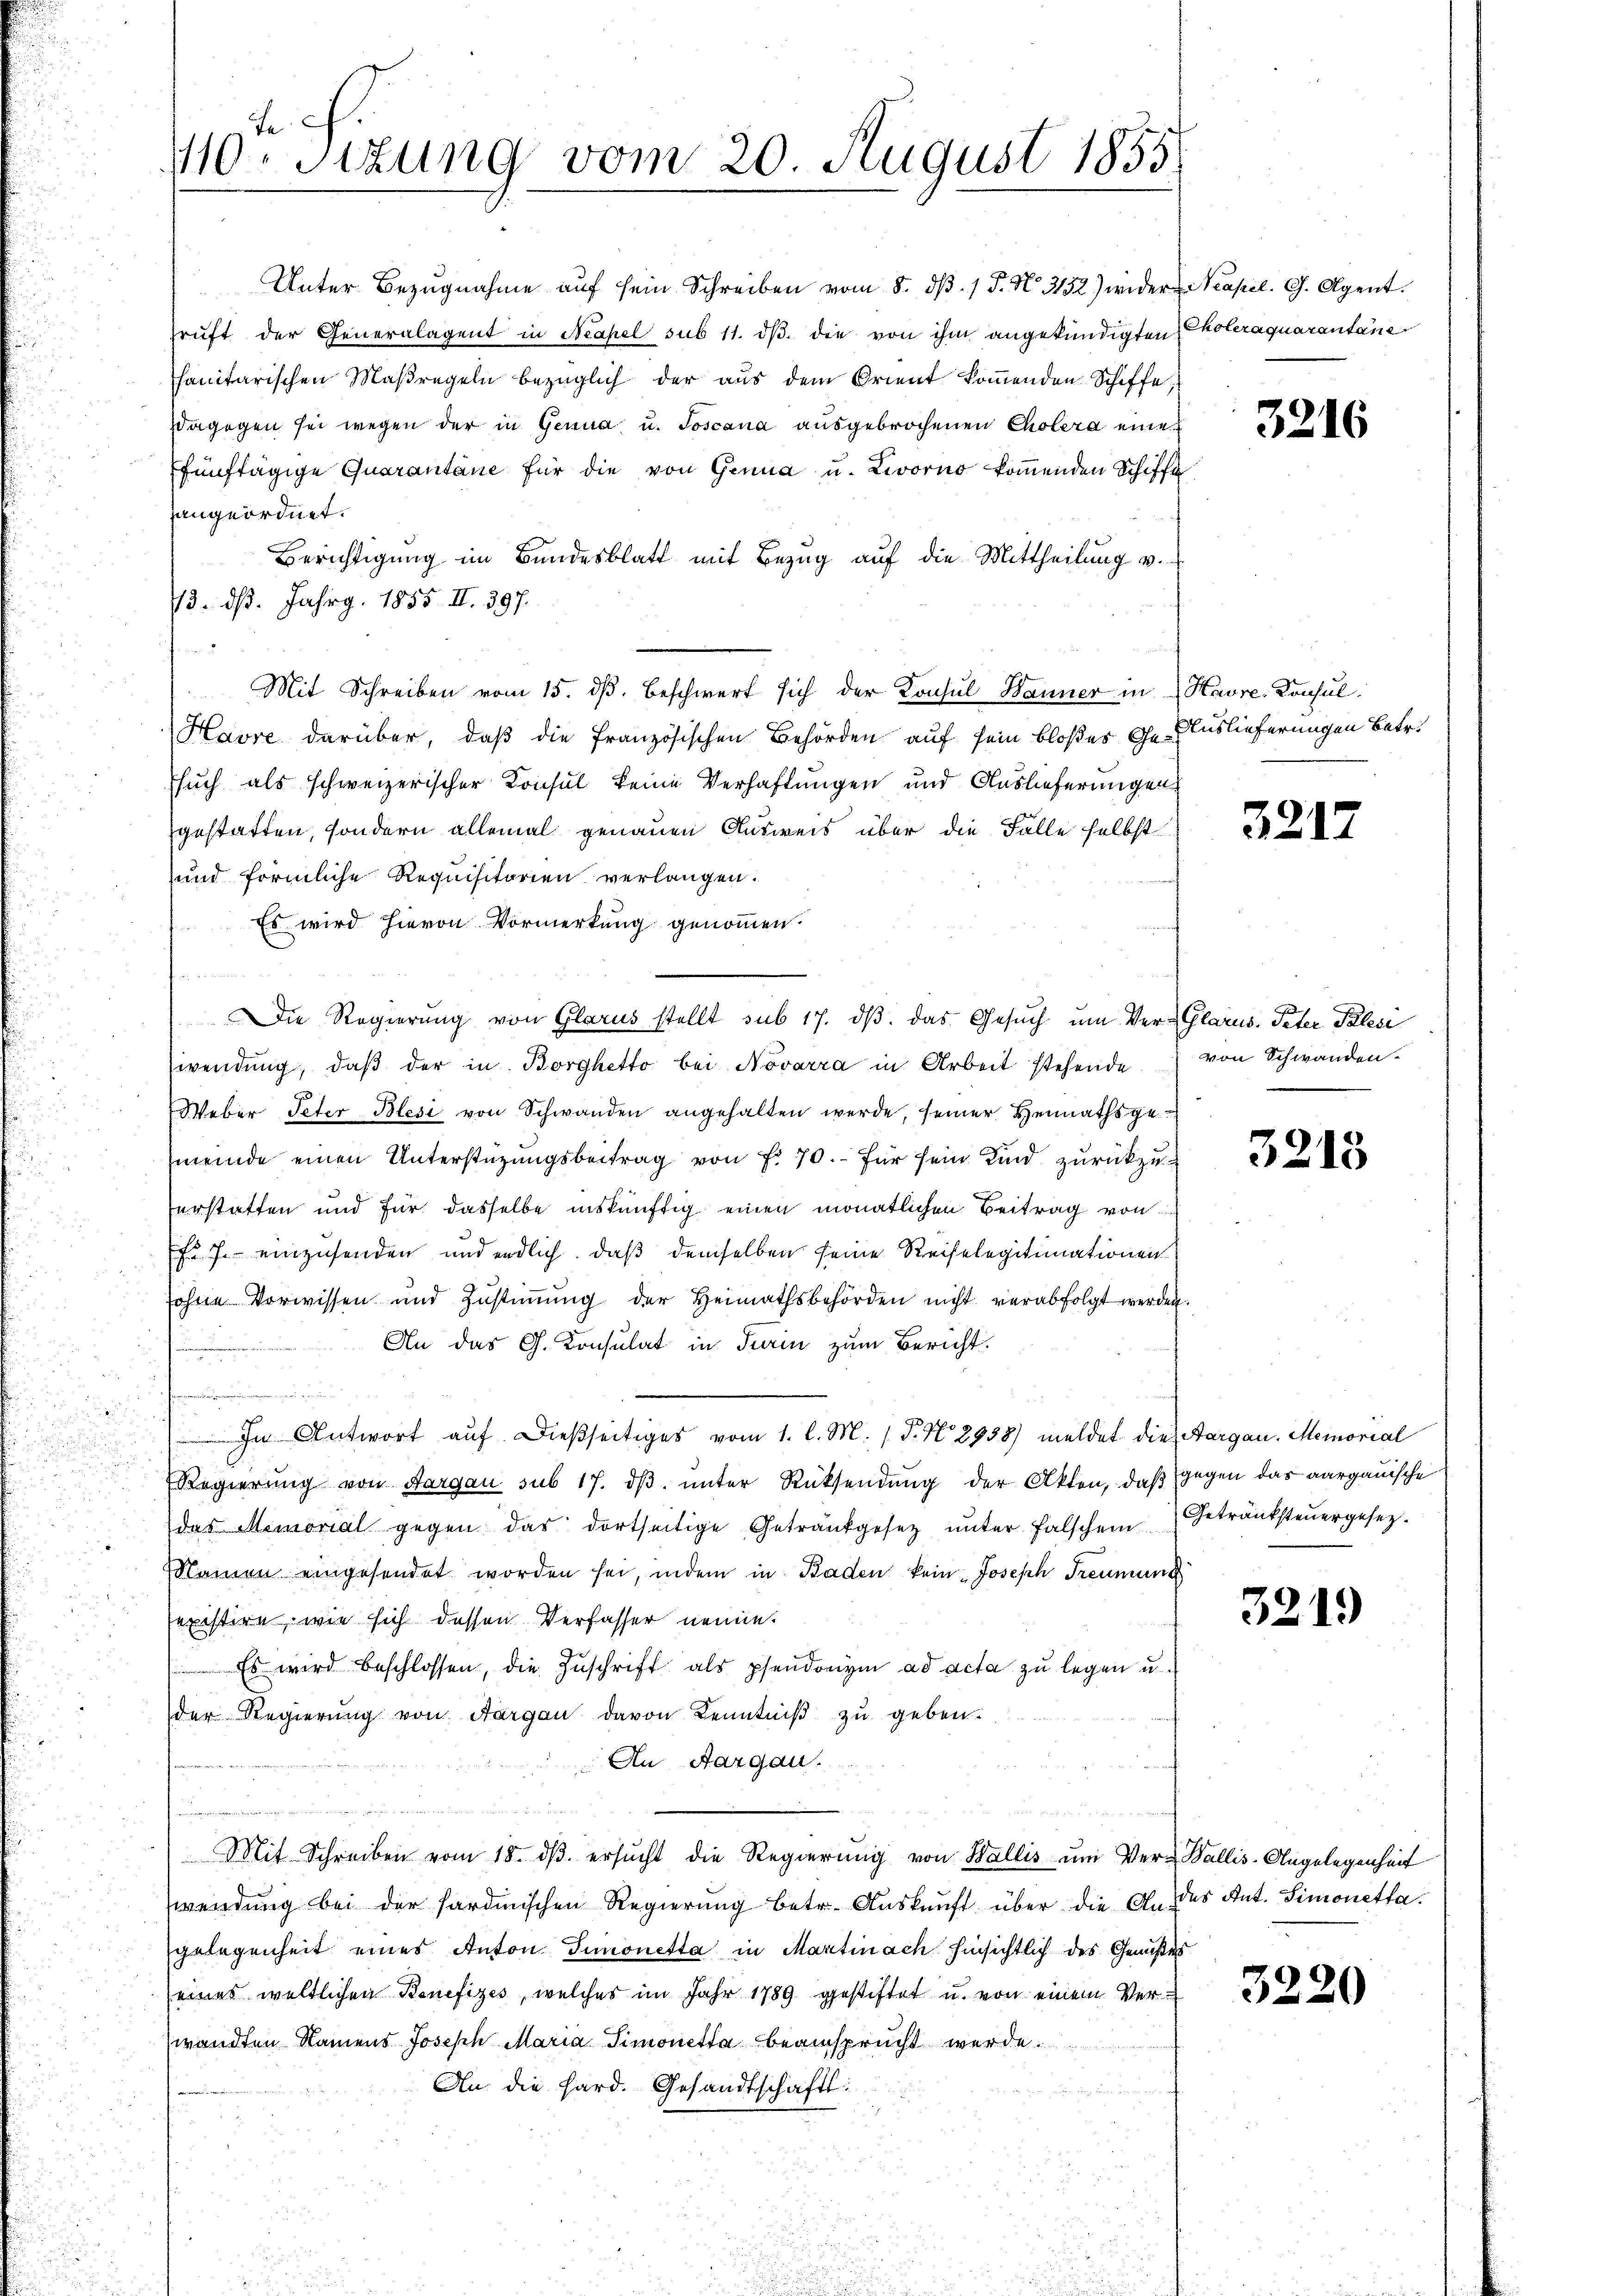
110. Sitzung vom 20. August 1855

Unter Bezugnahme auf sein Schreiben vom 8. dβ. / P. Nr. 3152) wider Neapel. G. Agent.
ruft der Generalagent in Neapel sub 11. dβ die von ihm angekündigten Choleraquarantane
sanitarischen Maßregeln bezüglich der aus dem Orient kommenden Schiffe
Dagegen sei wegen der in Genua u. Joscana ausgebrochenen Cholera eine
fünftägige Quarantane für die von Genua u. Livorno kommenden Schiffe
angeordnet.
Berichtigung im Bundesblatt mit Bezug auf die Mittheilung v.
73. ds. Jahrg. 1855 II. 397.
Mit Schreiben vom 15. dβ. Beschwert sich der Konsul Wanner in Havre, Konsul
Havre darüber, daß die Französischen Behörden auf sein bloßes Ge- Auslieferungen Betr.
such als schweizerischer Consul keine Verhaftungen und Auslieferungen
gestatten, sondern allemal genauen Ausweis über die Falle selbst
und förmliche Requisitorien verlangen.
Es wird hievon Vormerkung genommen.
Die Regierung von Glarus stellt sub 17. dβ das Gesŭch ŭm Ver-Glarus. Peter Palesi
wendŭng, daβ der in Borghetto bei Novarra in Arbeit stehende
Weber Peter Blesi von Schwanden angehalten werde, seiner Heimathsge-
meinde einen Unterstüzungsbeitrag von f. 70. für sein Kind zurückzuerstatten und für dasselbe inskünftig einen monatlichen Beitrag von
fr. 7. einzusenden und endlich, daß demselben seine Reiselegitimationen
sohne Vorwissen und Zŭstiṁŭng der Heimathsbehörden nicht verabfolgt werden.
An das G. Konsulat in Turin zum Bericht.
e
In Antwort auf dießseitiges vom 1. l. M. P. Nr. 2938) meldet die Aargau, Memorial
Regierung von Aargau sub 17. dβ ŭnter Rücksendung der Akten, daß gegen das aargauische
des Memorial gegen das dortseitige Getrautgesetz unter falschein Betränksteuergesez¬
Namen eingesendet worden sei, indem in Baden kein Joseph Treumung
existire, wie sich dessen Verfasser nenne.
Es wird beschlossen, die Zŭschrift als pfandonigin ad acta zu legen u.
der Regierung von Aargau davon Kenntniß zu geben.
An Aargau.  ..
Mit Schreiben vom 18. dβ. ersŭcht die Regierŭng von Wallis ŭm Ver-Wallis-Angelegenheit
wendung bei der Pardischen Regierung betr. Auskunft über die An des Ant. Simonettagelegenheit eines Anton Simonetta in Martinach hinsichtlich des Genußes
eines weltlichen Benefizes, welches im Jahr 1789 gestiftet u. von einem Verwandten Namens Joseph Maria Simonetta beansprucht werde.
An die Hard. Gesandtschaft:

3216

3217

von Schwanden

3218

3219

3220